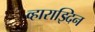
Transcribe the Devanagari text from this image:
व्हाराझ्दिन